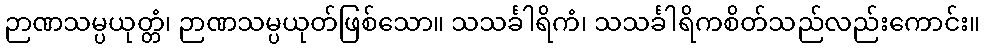
ဉာဏသမ္ပယုတ္တံ၊ ဉာဏသမ္ပယုတ်ဖြစ်သော။ သသင်္ခါရိကံ၊ သသင်္ခါရိကစိတ်သည်လည်းကောင်း။